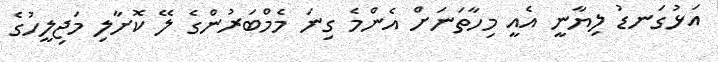
އަޅުގަނޑު ލިޔާނީ އެއީ މިހާތަނަށް އެންމެ ގިނަ މެމްބަރުންގެ ލޭ ކޮށާލި މަޖިލީހުގެ